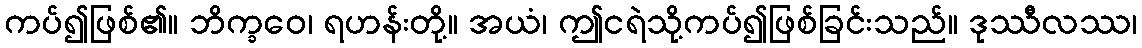
ကပ်၍ဖြစ်၏။ ဘိက္ခဝေ၊ ရဟန်းတို့။ အယံ၊ ဤငရဲသို့ကပ်၍ဖြစ်ခြင်းသည်။ ဒုဿီလဿ၊